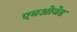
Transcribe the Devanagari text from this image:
एमओजेड